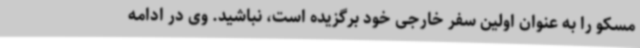
مسکو را به عنوان اولین سفر خارجی خود برگزیده است، نباشید. وی در ادامه